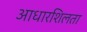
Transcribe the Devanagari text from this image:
आधारशिलता